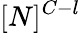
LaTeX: [N]^{C-l}